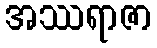
အဿရာဇာ